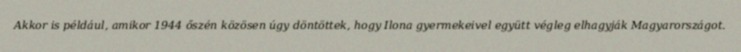
Akkor is például, amikor 1944 őszén közösen úgy döntöttek, hogy Ilona gyermekeivel együtt végleg elhagyják Magyarországot.